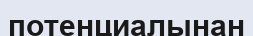
потенциалынан